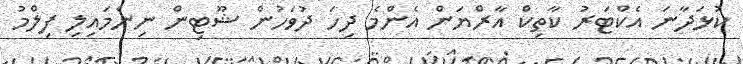
ކުޅަދާނަ އެކްޓަރު ކާތިކް އާރްޔަން އެންމެ ދިހަ ދުވަހުން ޝޫޓިން ނިންމައިލި ފިލްމު